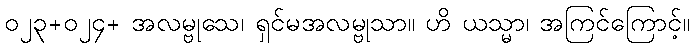
၀၂၃+၀၂၄+ အလမ္ဗုသေ၊ ရှင်မအလမ္ဗုသာ။ ဟိ ယသ္မာ၊ အကြင်ကြောင့်။